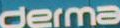
derma